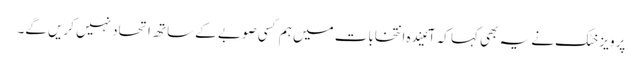
پرویز خٹک نے یہ بھی کہا کہ آئیندہ انتخابات میں ہم کسی صوبے کے ساتھ اتحاد نہیں کریں گے۔